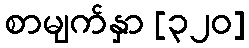
စာမျက်နှာ [၃၂၀]